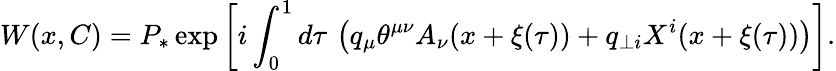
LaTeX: W(x,C)=P_{\ast}\exp\left[i\int_{0}^{1}d\tau\, \left(q_{\mu}\theta^{\mu\nu}A_{\nu}(x+\xi(\tau))+q_{\perp i}X^{i}(x+\xi(\tau))\right)\right].